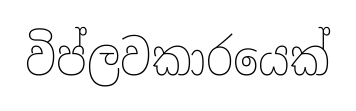
විප්ලවකාරයෙක්